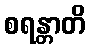
စရန္တာတိ